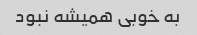
به خوبی همیشه نبود